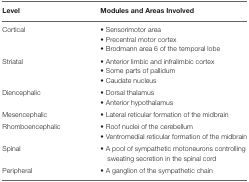
<table><thead><tr><td><b>Level</b></td><td><b>Modules and Areas Involved</b></td></tr></thead><tbody><tr><td>Cortical</td><td>• Sensorimotor area</td></tr><tr><td></td><td>• Precentral motor cortex</td></tr><tr><td></td><td>• Brodmann area 6 of the temporal lobe</td></tr><tr><td>Striatal</td><td>• Anterior limbic and infralimbic cortex</td></tr><tr><td></td><td>• Some parts of pallidum</td></tr><tr><td></td><td>• Caudate nucleus</td></tr><tr><td>Diencephalic</td><td>• Dorsal thalamus</td></tr><tr><td></td><td>• Anterior hypothalamus</td></tr><tr><td>Mesencephalic</td><td>• Lateral reticular formation of the midbrain</td></tr><tr><td>Rhomboencephalic</td><td>• Roof nuclei of the cerebellum</td></tr><tr><td></td><td>• Ventromedial reticular formation of the midbrain</td></tr><tr><td>Spinal</td><td>• A pool of sympathetic motoneurons controlling sweating secretion in the spinal cord</td></tr><tr><td>Peripheral</td><td>• A ganglion of the sympathetic chain</td></tr></tbody></table>